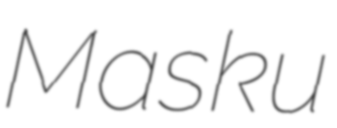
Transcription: Masku